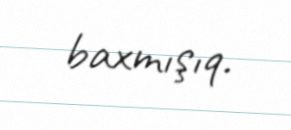
baxmışıq.